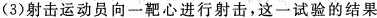
(3)射击运动员向一靶心进行射击，这一试验的结果